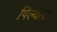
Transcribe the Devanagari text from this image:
पिल्यास